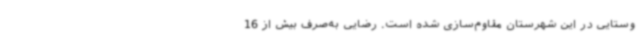
وستایی در این شهرستان مقاوم‌سازی شده است. رضایی به‌صرف بیش از 16